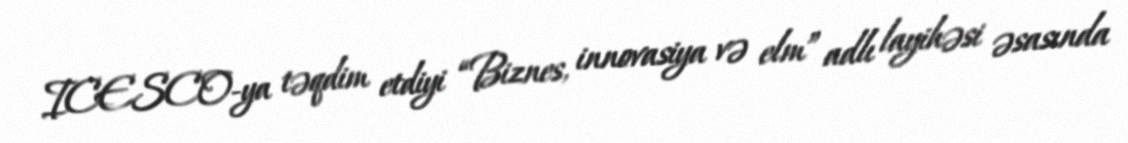
ICESCO-ya təqdim etdiyi “Biznes, innovasiya və elm” adlı layihəsi əsasında